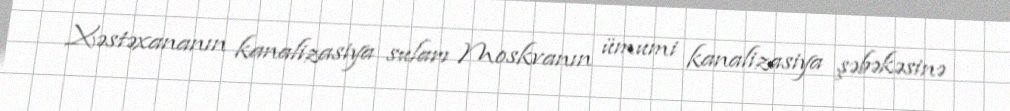
Xəstəxananın kanalizasiya suları Moskvanın ümumi kanalizasiya şəbəkəsinə